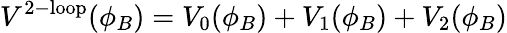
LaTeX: V^{\mathrm{2-loop}}(\phi_{B})=V_{0}(\phi_{B})+V_{1}(\phi_{B})+V_{2}(\phi_{B})